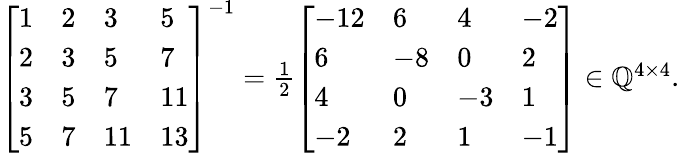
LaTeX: \begin{array}{r}{\left[\begin{array}{llll}{1}&{2}&{3}&{5}\\ {2}&{3}&{5}&{7}\\ {3}&{5}&{7}&{11}\\ {5}&{7}&{11}&{13}\end{array}\right]^{-1}=\frac{1}{2}\left[\begin{array}{llll}{-12}&{6}&{4}&{-2}\\ {6}&{-8}&{0}&{2}\\ {4}&{0}&{-3}&{1}\\ {-2}&{2}&{1}&{-1}\end{array}\right]\in\mathbb{Q}^{4\times 4}.}\end{array}